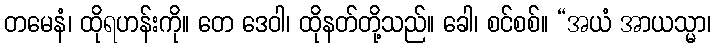
တမေနံ၊ ထိုရဟန်းကို။ တေ ဒေဝါ၊ ထိုနတ်တို့သည်။ ခေါ၊ စင်စစ်။ “အယံ အာယသ္မာ၊